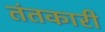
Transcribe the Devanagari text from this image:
तंतकारी